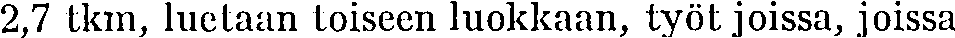
2,7 tkm, luetaan toiseen luokkaan, työt joissa, joissa